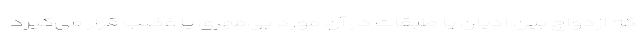
که ازدواج بین ادیان یا طبقات در آن مورد بی‌مهری یا غضب قرار می‌گیرد